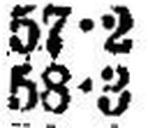
58•3